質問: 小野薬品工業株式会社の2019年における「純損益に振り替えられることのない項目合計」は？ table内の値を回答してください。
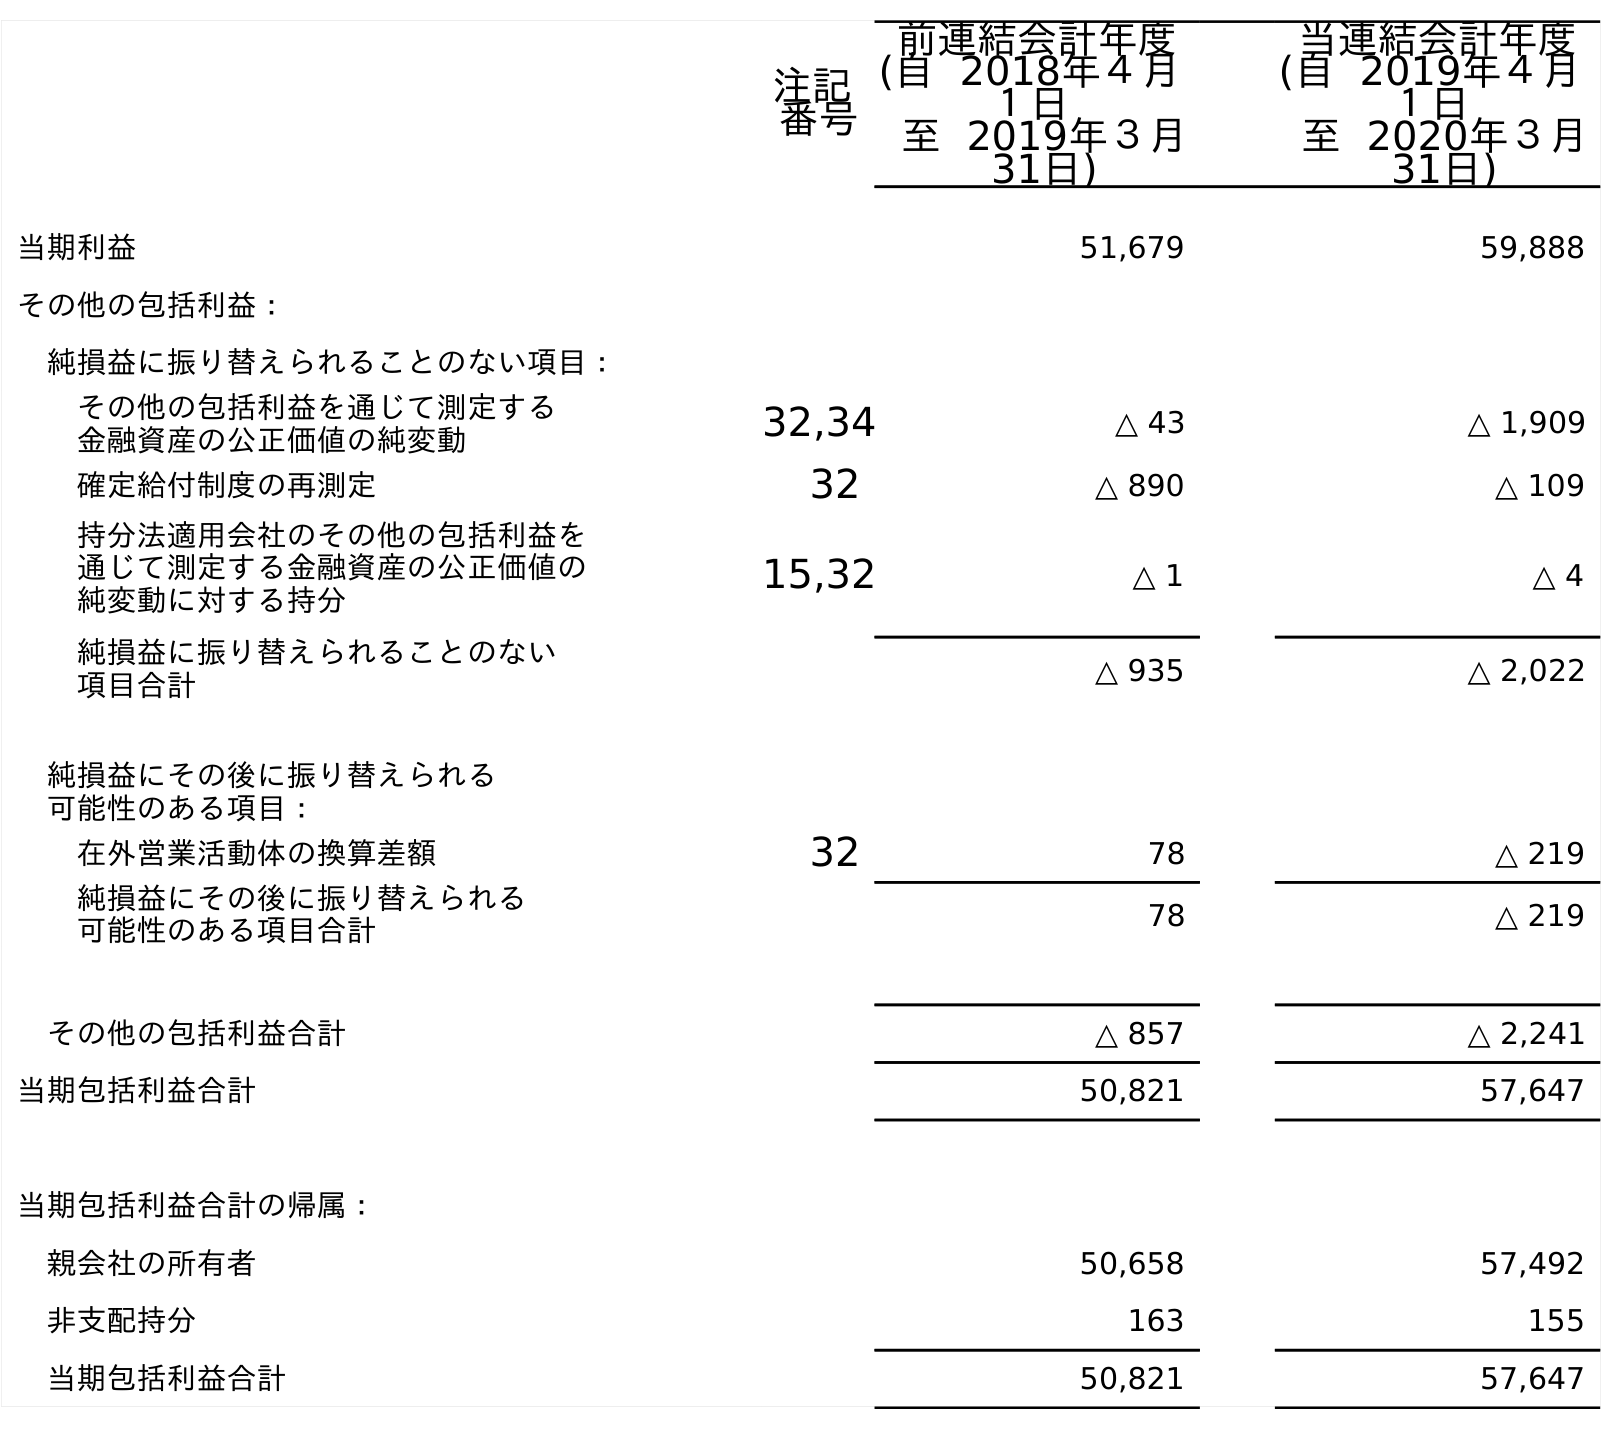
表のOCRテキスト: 注記 番号 前連結会計年度 (自 2018年４月 １日 至 2019年３月 31日) 当連結会計年度 (自 2019年４月 １日 至 2020年３月 31日) 当期利益 51,679 59,888 その他の包括利益： 純損益に振り替えられることのない項目： その他の包括利益を通じて測定する 金融資産の公正価値の純変動 32,34 △ 43 △ 1,909 確定給付制度の再測定 32 △ 890 △ 109 持分法適用会社のその他の包括利益を 通じて測定する金融資産の公正価値の 純変動に対する持分 15,32 △ 1 △ 4 純損益に振り替えられることのない 項目合計 △ 935 △ 2,022 純損益にその後に振り替えられる 可能性のある項目： 在外営業活動体の換算差額 32 78 △ 219 純損益にその後に振り替えられる 可能性のある項目合計 78 △ 219 その他の包括利益合計 △ 857 △ 2,241 当期包括利益合計 50,821 57,647 当期包括利益合計の帰属： 親会社の所有者 50,658 57,492 非支配持分 163 155 当期包括利益合計 50,821 57,647
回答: △935